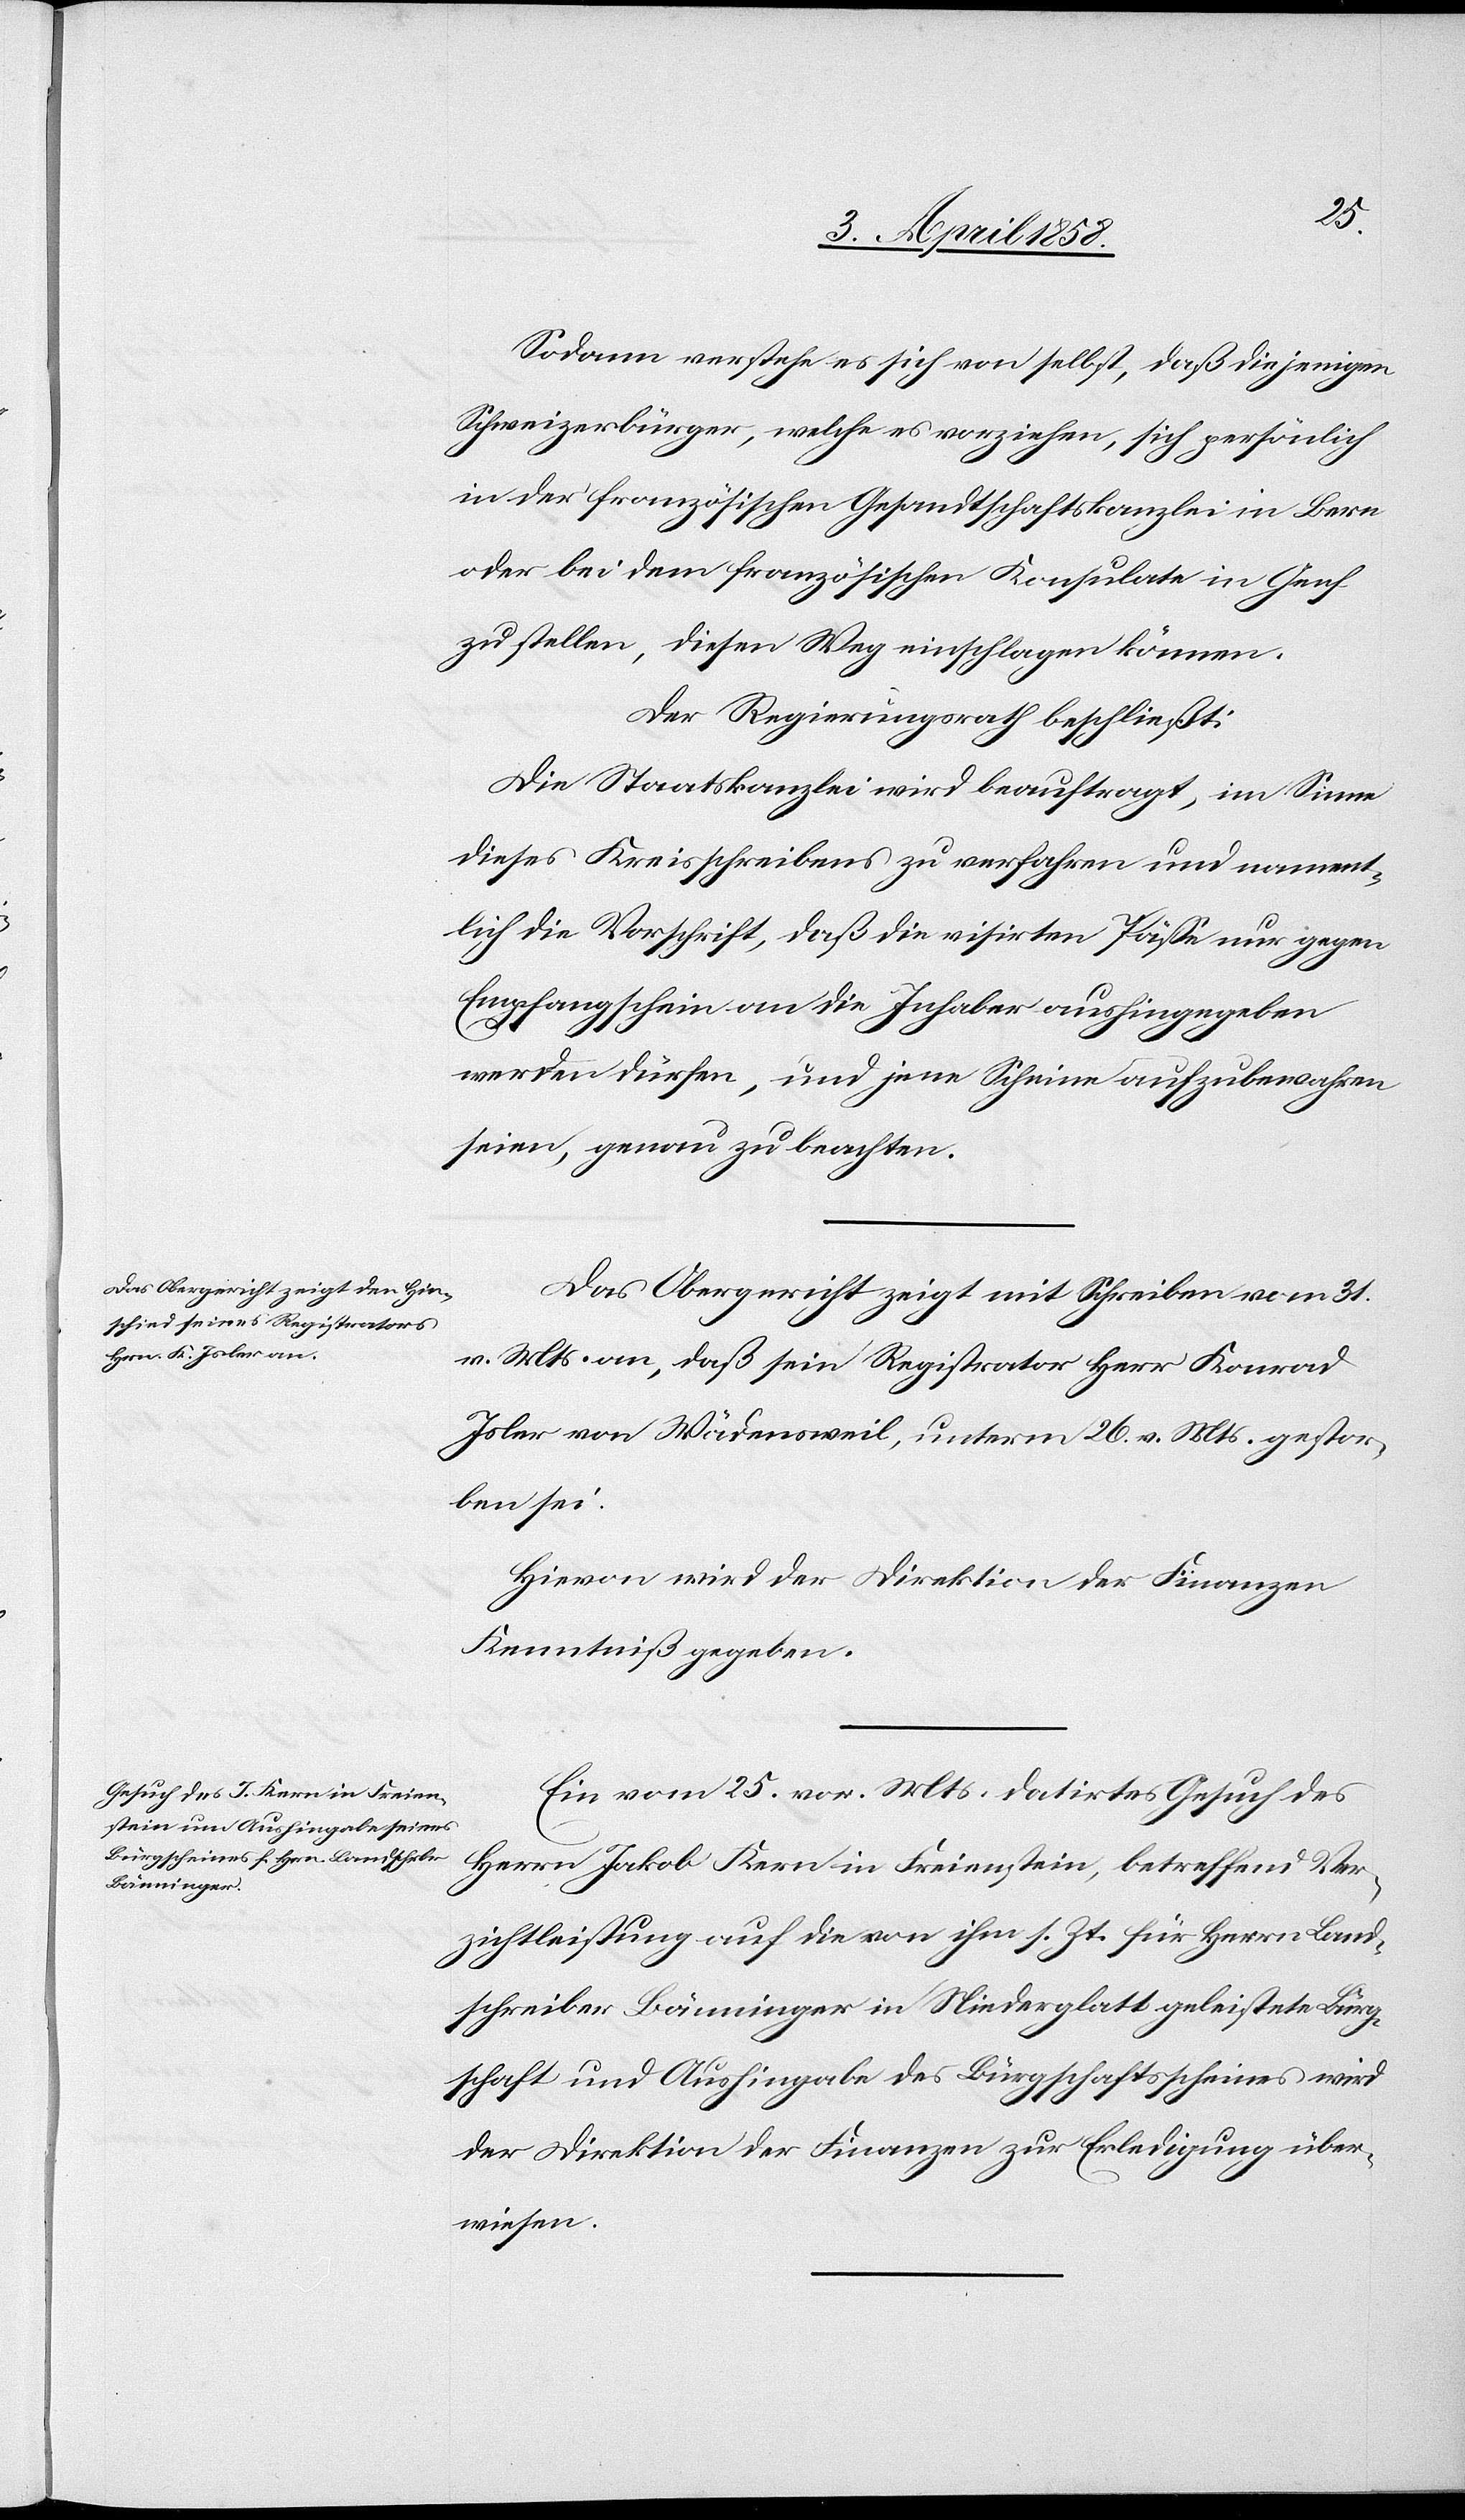
Sodann verstehe es sich von selbst, daß diejenigen
Schweizerbürger, welche es vorziehen, sich persönlich
in der französischen Gesandtschaftskanzlei in Bern
oder bei dem französischen Konsulate in Genf
zu stellen, diesen Weg einschlagen können.
Der Regierungsrath beschließt:
Die Staatskanzlei wird beauftragt, im Sinne
dieses Kreisschreibens zu verfahren und nament¬
lich die Vorschrift, daß die visirten Pässe nur gegen
Empfangschein an die Inhaber aushingegeben
werden dürfen, und jene Scheine aufzubewahren
seien, genau zu beachten.
Das Obergericht zeigt mit Schreiben vom 31.
v. Mts. an, daß sein Registrator Herr Konrad
Isler von Wädensweil, unterm 26. v. Mts. gestor¬
ben sei.
Hievon wird der Direktion der Finanzen
Kenntniß gegeben.
Ein vom 25. vor. Mts. datirtes Gesuch des
Herrn Jakob Kern in Freienstein, betreffend Ver¬
zichtleistung auf die von ihm s. Zt. für Herrn Land¬
schreiber Bänninger in Niederglatt geleistete Bürg¬
schaft und Aushingabe des Bürgschaftsscheines wird
der Direktion der Finanzen zur Erleidung über¬
wiesen.